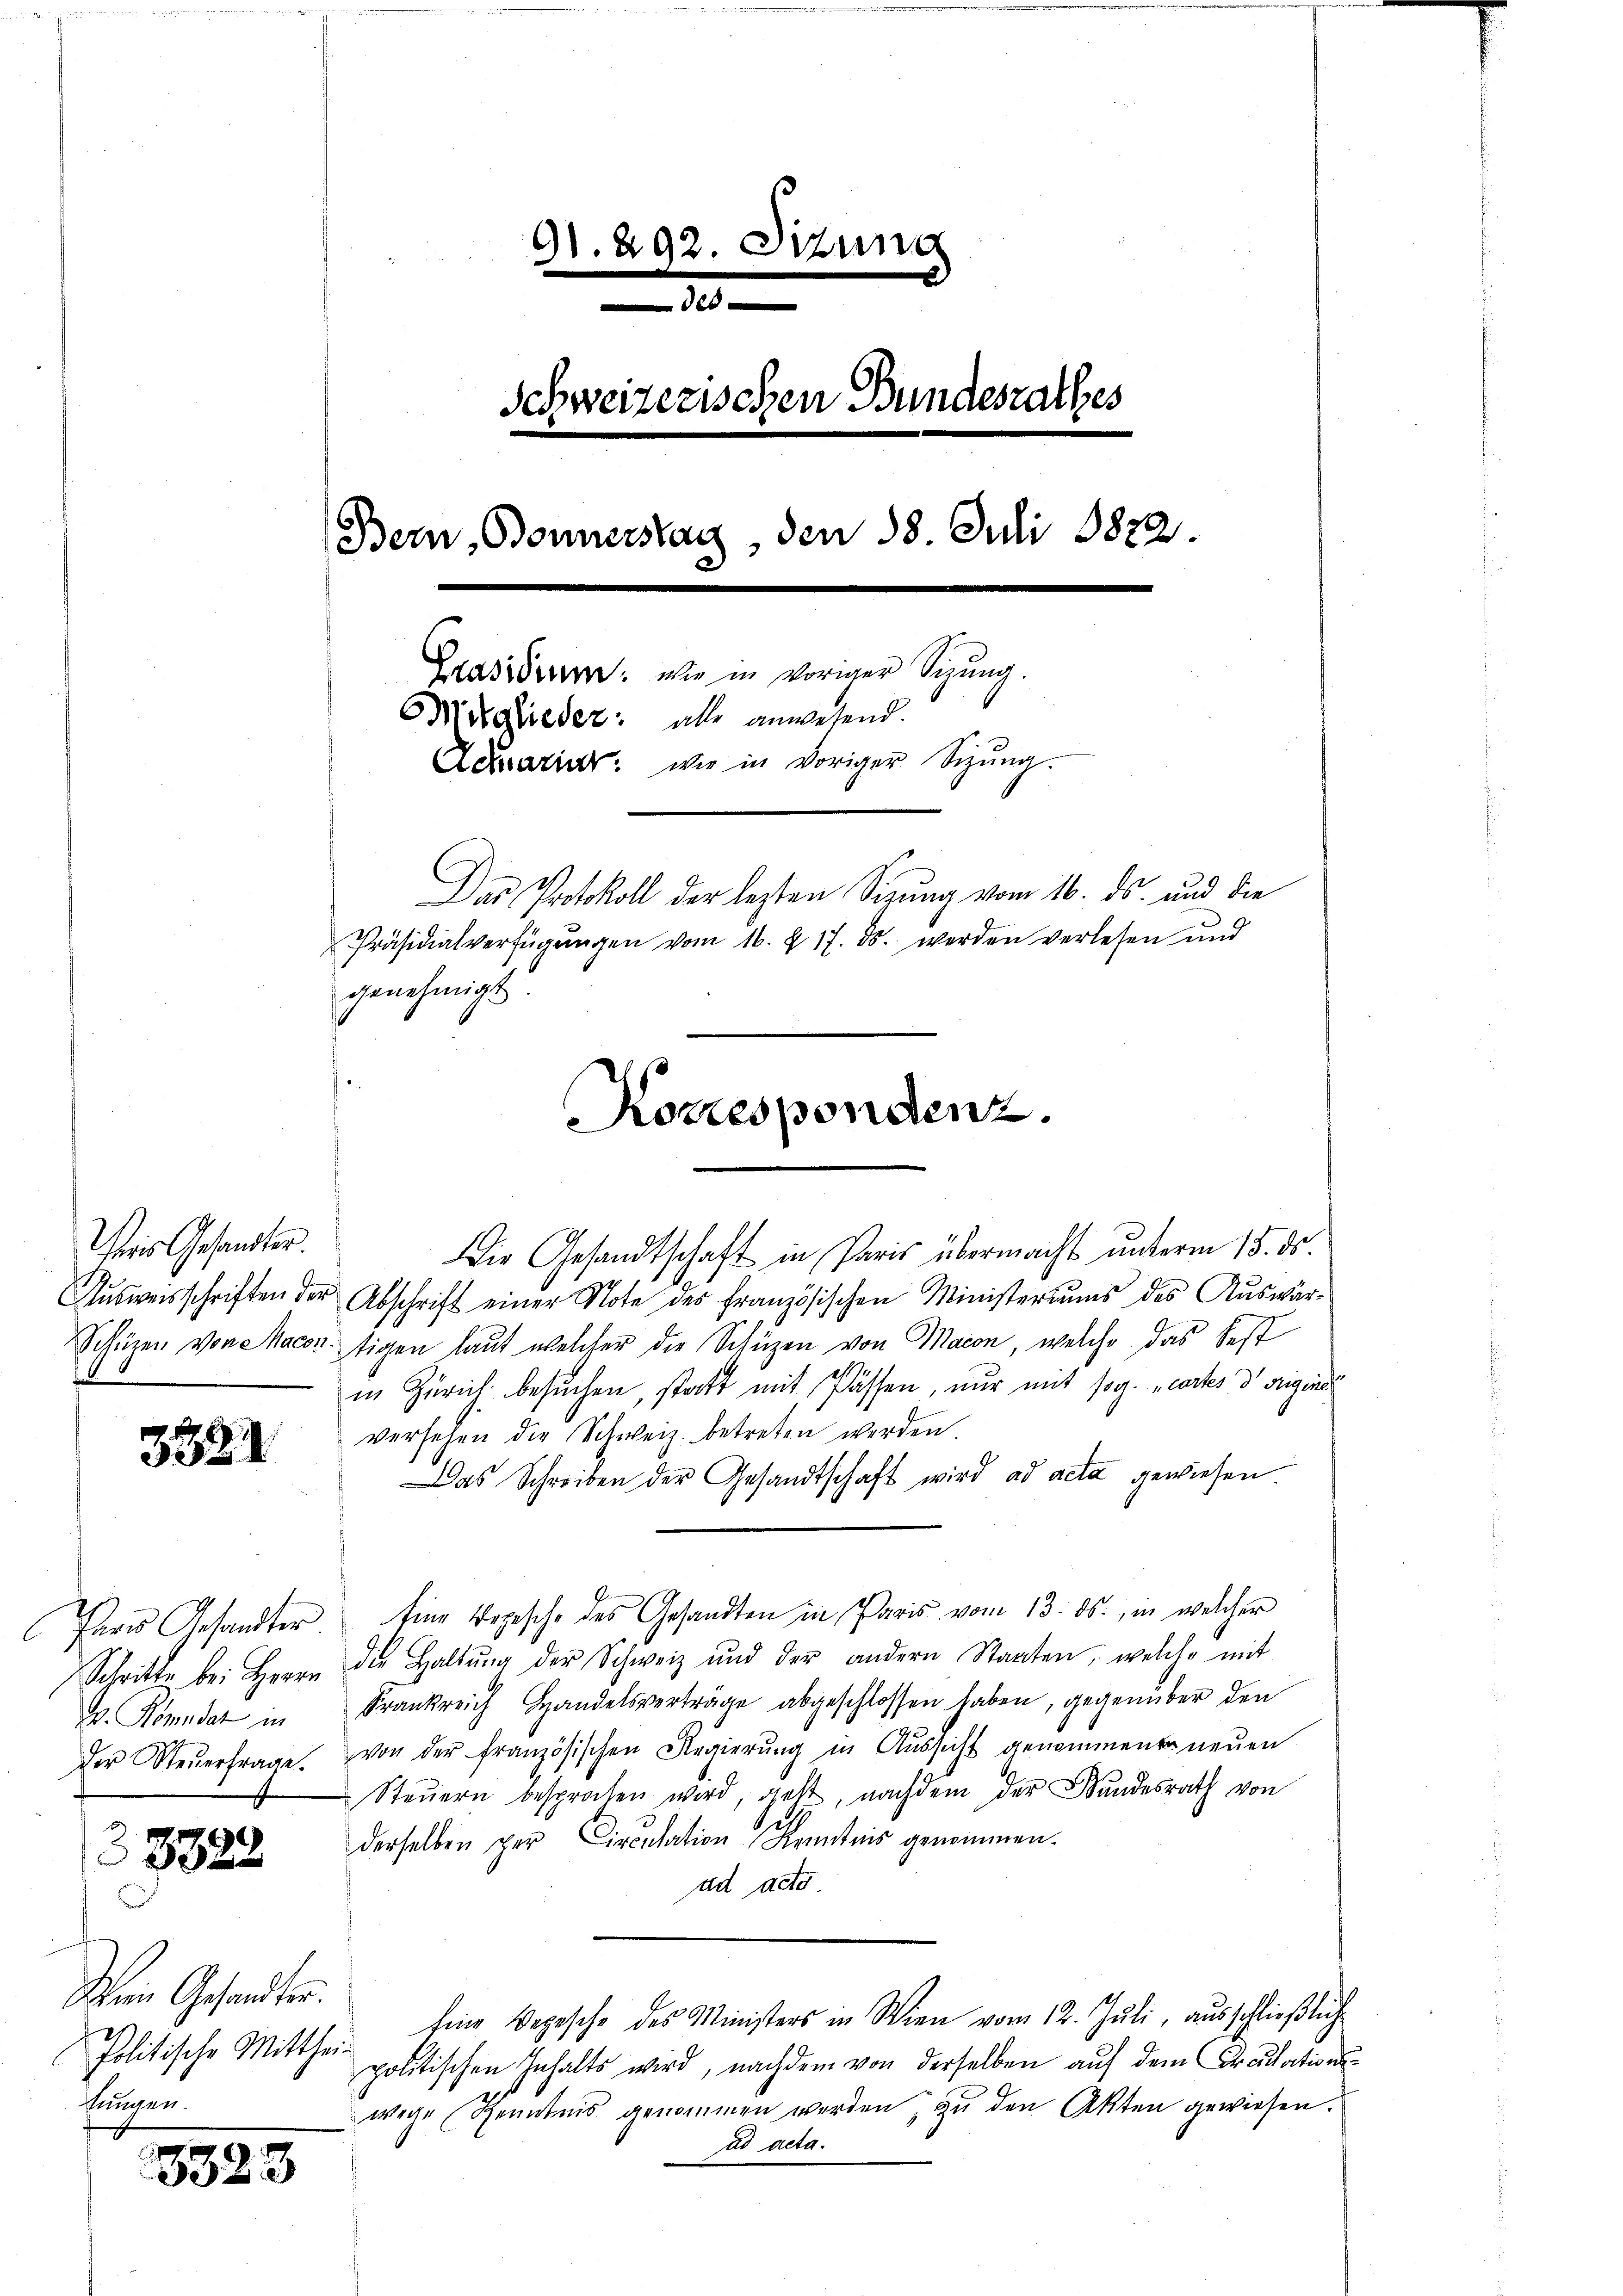
es Gesandter.
Ausweisschriften:
Schüzen von Mac

332

Pner Gesandter
Schritte bei Herrn
V. Kömndat in
Der Steuerfrage.

23323

Mein Gesandter.
Politische Mittheifungen.

8323

91. 292. Sizung

Schweizerischen Bundesrathes
Bern, Bonnerstag, den 18. Juli 1872.
e
Brasiren: wie in voriger Sigung.
Mitglieder: alle anwesend.
Derariar: wie in voriger Sitzung.
Das Protokoll der lezten Sizŭng vom 16. ds. und die
Präsidialverfügŭngen vom 16. § 17. ds. werden verlesen und
genehmigt.

Die Gesandtschaft in Paris übermacht unterm 15. ds.
" Abschrift einer Note des französischen Ministeriums des Auswär-
utigen laut welcher die Schüzen von Macon, welche das best
in Zürich besuchen, statt mit Passen, nur mit sog. „cartes dorigine
versehen die Schweiz. betreten werden
Das Schreiben der Gesandtschaft wird ad acta gewiesen
Eine Vorsche des Gesandten in Paris vom 13. ds., in welcher
die Haltŭng der Schweiz und der andern Staaten, welche mit
Frankreich Handelsverträge abgeschlossen haben, gegenüber den
von der französischen Regierung in Aussicht genommener neuen
Steŭern besprochen wird, geht, nachdem der Bŭndesrath von
derselben per Circulation Kenntnis genommen.
ad acte
Eine Depesche des Ministers in Wien vom 12. Juli, ausschließliche
politischen Inhalts wird, nachdem von derselben auf dem Pradationswege Kenntnis genommen werden, zu den Akten gewiesen.
ad acta.

Korrespondenz.